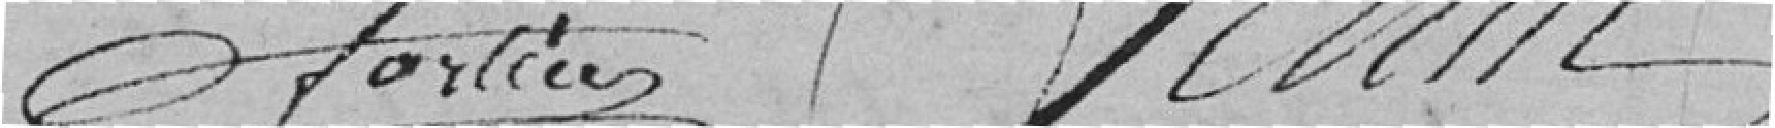
Fortier              Juin